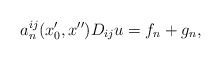
\begin{align*} a_n^{ij}(x_0',x'')D_{ij}u=f_n+g_n,\end{align*}